Code of medical and sanitary regulations for the guidance of medical officers serving in the Madras Presidency - Volume II
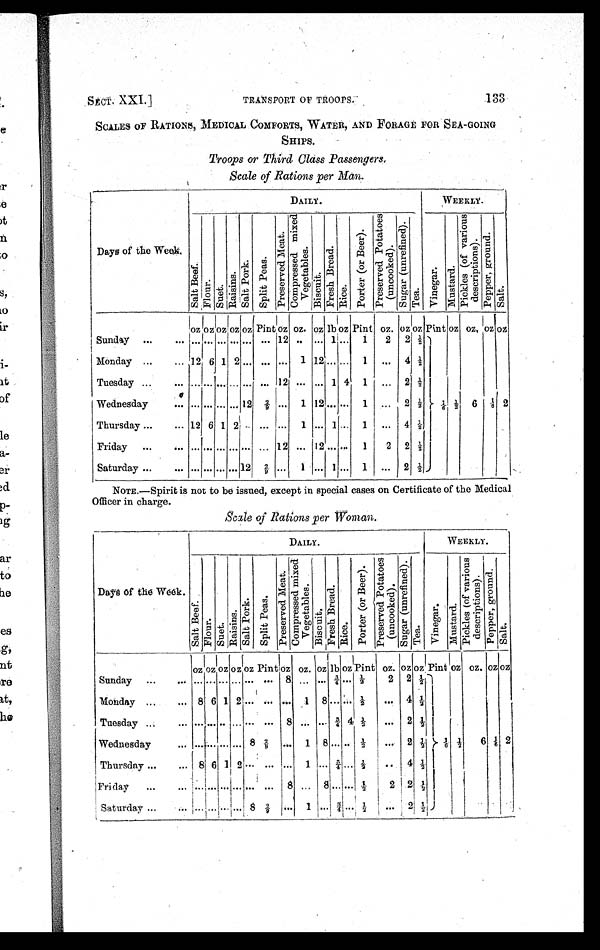
SECT. XXI.]
TRANSPORT OF TROOPS.
133
SCALES OF RATIONS, MEDICAL COMFORTS, WATER, AND FORAGE FOR SEA-GOING
SHIPS.
Troops or Third Class Passengers
.
Scale of Rations per Man.
Days of the Week.
DAILY.
WEEKLY.
S a l t B e e f .
F l o u r . S u e t .
R a i s i n s .
S a l t P o r k .
S p l i t P e a s .
P r e s e r v e d M e a t .
C o m p r e s s e d m i x e d V e g e t a b l e s .
B i s c u i t .
F r e s h B r e a d .
R i c e .
P o r t e r ( o r B e e r ) .
P r e s e r v e d P o t a t o e s ( u n c o o k e d ) .
S u g a r ( u n r e f i n e d ) .
T e a .
V i n e g a r .
M u s t a r d . P i c k l e s ( o f v a r i o u s d e s c r i p t i o n s ) .
P e p p e r , g r o u n d .
Salt
oz
oz
o z
oz oz Pint
oz oz. oz lb oz Pint oz.
o z
oz Pint oz oz, oz oz
Sunday
. . .
. . . . . .
... . . . . . . . . .
. . . 12 ..
. . . 1 . . . 1 2 2 ½ 1/6
½ 6 1 / 6 2
Monday
. . .
. . . 12 6 1 2 . . .
. . .
... 1 12 . . . . . . 1
. . .
4 ½
Tuesday . . .
. . .
. . .
... . . . . . . . . . . . . 12
. . . . . . 1 4 1
. . . 2 ½
Wednesday
. . .
. . .
... . . . ... 12
2 / 9 ... 1 12 . . . . . . 1
. . . 2 ½
Thursday . . .
. . .
1 2
6
1 2 . . . . . ...
1
. . . 1 . . . 1
. . .
4 ½
Friday
. . .
. . .
. . .
... . . . . . . . . . . . . 12
. . . 12 . . . . . . 1 2 2 ½
Saturday . . .
. . .
. . .
... . . . . . . 12 2 / 9 ... 1
. . . 1 . . . 1
. . .
2
½
NOTE.—Spirit is not to be issued, except in special cases on Certificate of the Medical
Officer in charge.
Scale of Rations per Woman.
Days of the Week.
DAILY.
WEEKLY.
S a l t B e e f .
F l o u r .
S u e t . R a i s i n s .
S a l t P o r k .
S p l i t P e a s .
P r e s e r v e d M e a t .
C o m p r e s s e d m i x e d V e g e t a b l e s .
B i s c u i t .
F r e s h B r e a d .
R i c e .
P o r t e r ( o r B e e r ) .
P r e s e r v e d P o t a t o e s ( u n c o o k e d ) .
S u g a r ( u n r e f i n e d ) .
T e a .
V i n e g a r .
M u s t a r d .
P i c k l e s ( o f v a r i o u s d e s c r i p t i o n s ) .
P e p p e r , g r o u n d .
S a l t .
o z
oz oz oz oz Pint
o z oz. oz lb oz Pint oz oz. oz Pint oz oz. oz oz
Sunday
. . .
. . . . . . . . . . . .
... . . .
. . . 8
. . . . . . ¾ . . .
½ 2 2 ½ 1/6
½
6 1 / 6 2
Monday
. . .
. . . 8 6 1 2 . . .
. . .
. . .
1 8 . . . . . . ½
. . . 4 ½
Tuesday . . .
. . . . . . . . . . . . ... . . . . . . 8 . . . . . . ¾ 4 ½
. . . 2 ½
Wednesday
...
...
...
...
...
8
2 / 9 . . . 1 8 . . . . . ½
...
2 ½
Thursday . . .
. . . 8 6 1 2
. . . . . . . . . 1 . . . ¾ . . . ½ ..
4 ½
Friday
. . .
. . . . . . . . . . . .
...
. . . . . . 8
. . . 8 . . . . . . ½
2
2 ½
Saturday . . .
. . . . . . . . . . . .
...
8 2 / 9
. . . 1 . . . ¾
. . .
½ . . .
2 ½